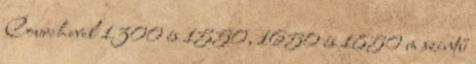
Courchevel 1300 és 1550, 1650 és 1850 m szintű